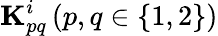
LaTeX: \mathbf{K}_{pq}^{i}\, (p,q\in\{ 1,2\} )